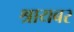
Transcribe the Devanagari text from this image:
श्रायबर